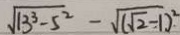
\sqrt { 1 3 ^ { 3 } - 5 ^ { 2 } } - \sqrt { ( \sqrt { 2 } - 1 ) ^ { 2 } }